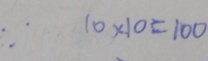
\because 1 0 \times 1 0 = 1 0 0